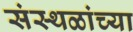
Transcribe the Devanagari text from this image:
संस्थळांच्या